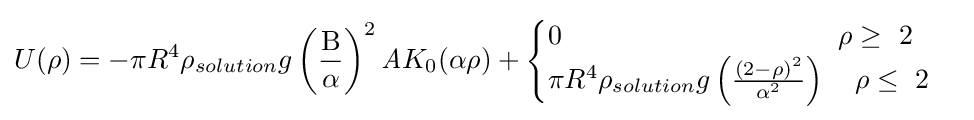
U(\rho )=-\pi R^{4}\rho _{solution}g\left({\frac {\mathrm {B} }{\alpha }}\right)^{2}{\mathit {A}}K_{0}(\alpha \rho )+{\begin{cases}0~~~~~~~~~~~~~~~~~~~~~~~~~~~~~~\rho \geq \ 2\\\pi R^{4}\rho _{solution}g\left({\frac {(2-\rho )^{2}}{\alpha ^{2}}}\right)~~~\rho \leq \ 2\end{cases}}